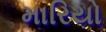
મારિયો